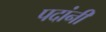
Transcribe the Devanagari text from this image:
पदांनी